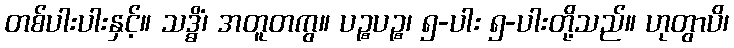
တစ်ပါးပါးနှင့်။ သဒ္ဓိံ၊ အတူတကွ။ ပဉ္စပဉ္စ၊ ၅-ပါး ၅-ပါးတို့သည်။ ဟုတွာပိ၊